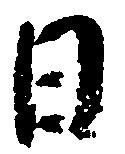
日